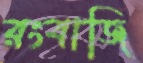
রংবাজি